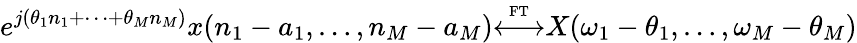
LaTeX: e^{j(\theta_{1}n_{1}+\cdots+\theta_{M}n_{M})}x(n_{1}-a_{1},\ldots,n_{M}-a_{M}){\overset{\underset{\mathrm{FT}}{}}{\longleftrightarrow}}X(\omega_{1}-\theta_{1},\ldots,\omega_{M}-\theta_{M})